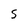
Character: S